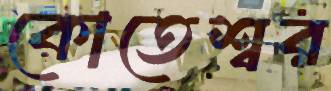
কোতেশ্বর